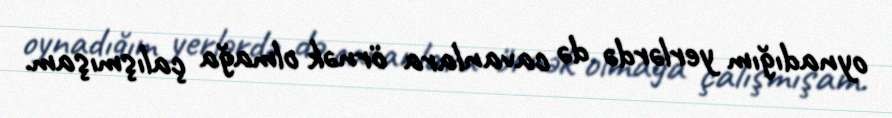
oynadığım yerlərdə də cavanlara örnək olmağa çalışmışam.